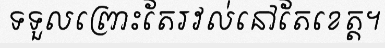
ទទួលព្រោះតែរវល់នៅតែខេត្ត។